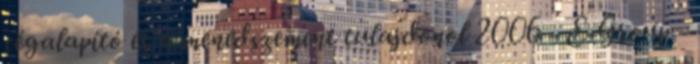
cégalapító és a menedszement tulajdonol 2006 - E-Group -